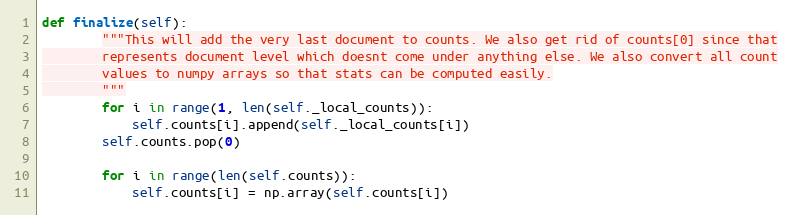
Language: Python
def finalize(self):
        """This will add the very last document to counts. We also get rid of counts[0] since that
        represents document level which doesnt come under anything else. We also convert all count
        values to numpy arrays so that stats can be computed easily.
        """
        for i in range(1, len(self._local_counts)):
            self.counts[i].append(self._local_counts[i])
        self.counts.pop(0)

        for i in range(len(self.counts)):
            self.counts[i] = np.array(self.counts[i])